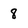
Character: 8